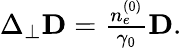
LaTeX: \begin{array}{r}{\Delta_{\perp}\mathbf D=\frac{n_{e}^{(0)}}{\gamma_{0}}\mathbf{D}.}\end{array}